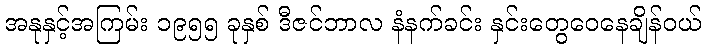
အနုနှင့်အကြမ်း ၁၉၅၅ ခုနှစ် ဒီဇင်ဘာလ နံနက်ခင်း နှင်းတွေဝေနေချိန်ဝယ်